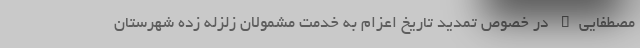
مصطفایی" در خصوص تمدید تاریخ اعزام به خدمت مشمولان زلزله زده شهرستان